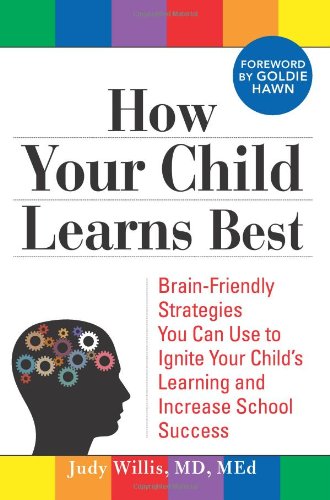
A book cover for How Your Child Learns Best: Brain-Friendly Strategies You Can Use to Ignite Your Child's Learning and Increase School Success; Judy Willis; Parenting & Relationships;